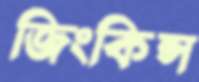
জিংকিন্স